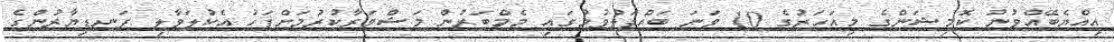
އިއްޔެބޭއްވުނު ކޮމިޝަންގެ މިއަހަރުގެ 10 ވަނަ ބައްދަލުވުމުގައި މެމްބަރުން މަޝްވަރާކުރުމަށްފަހު އެކުލަވާލި ފަނޑިޔާރުންގެ